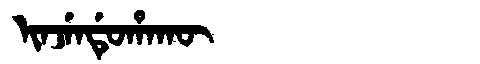
Manchu: ᡳᠨᠵᡝᠨᡩᡠᡥᠠᡴᡡ
Romanization: INJENDUHAKŪ